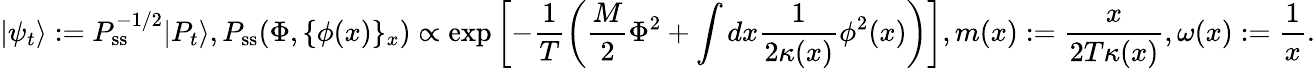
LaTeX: |\psi_{t}\rangle:=P_{\mathrm{ss}}^{-1/2}|P_{t}\rangle,P_{\mathrm{ss}}(\Phi,\{ \phi(x)\} _{x})\propto\exp\left[-\frac{1}{T}\left(\frac{M}{2}\Phi^{2}+\int dx\frac{1}{2\kappa(x)}\phi^{2}(x)\right)\right],m(x):=\frac{x}{2T\kappa(x)},\omega(x):=\frac{1}{x}.